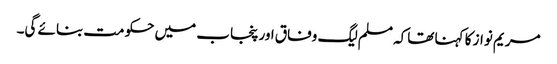
مریم نواز کا کہنا تھاکہ مسلم لیگ وفاق اور پنجاب میں حکومت بنائے گی۔